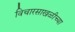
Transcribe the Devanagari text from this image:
विचारसाखळीच्या